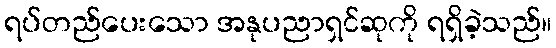
ရပ်တည်ပေးသော အနုပညာရှင်ဆုကို ရရှိခဲ့သည်။